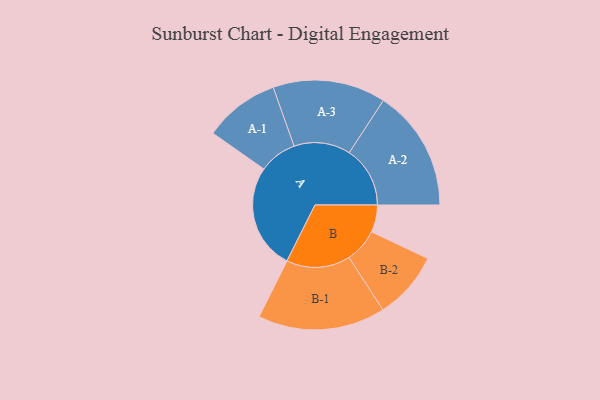
{"axis": {"x": "Segment", "y": "Value"}, "legend": ["", "A", "B"], "data": [{"x": "A", "y": 435, "type": ""}, {"x": "B", "y": 112, "type": ""}, {"x": "A-1", "y": 156, "type": "A"}, {"x": "A-2", "y": 251, "type": "A"}, {"x": "A-3", "y": 233, "type": "A"}, {"x": "B-1", "y": 263, "type": "B"}, {"x": "B-2", "y": 140, "type": "B"}]}